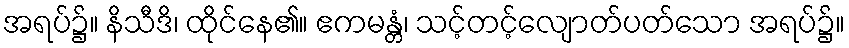
အရပ်၌။ နိသီဒိ၊ ထိုင်နေ၏။ ဧကမန္တံ၊ သင့်တင့်လျောတ်ပတ်သော အရပ်၌။